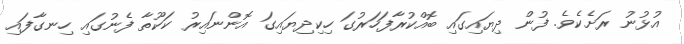
އުޅުނު ރަށެކެވެ. ފުން ދިޔައިގައި ބޮއްކުރާފަހަރުގަ ހިކިދިޔައިގަ އޮންނައިރު ކަކޫތާ ފެނުގައި ހިނގާފައި